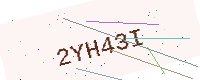
Text: 2YH43I